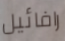
رافائيل